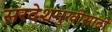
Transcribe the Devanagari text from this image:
सरदेशमुखीसाठी